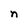
Character: n